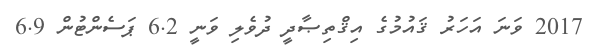
2017 ވަނަ އަހަރު ޤައުމުގެ އިޤްތިޞާދީ ދުވެލި ވަނީ 6.2 ޕަސެންޓުން 6.9